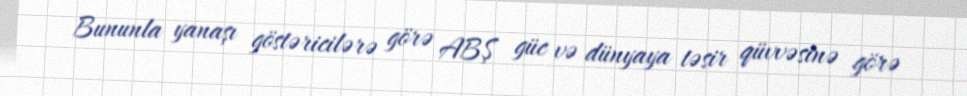
Bununla yanaşı göstəricilərə görə ABŞ güc və dünyaya təsir qüvvəsinə görə